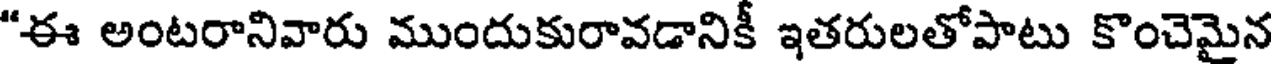
"ఈ అంటరానివారు ముందుకురావడానికీ ఇతరులతోపాటు కొంచెమైన